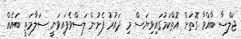
ޖަލްސާ ބާއްވާ ގޮތަށް އޮތްކަމުގައިވިޔަސް މި ދައުރު ފެށުން ލަސްވެފައިވަނީ ސަލާމަތީ ބައެއް